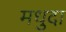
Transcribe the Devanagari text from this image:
मधुदा